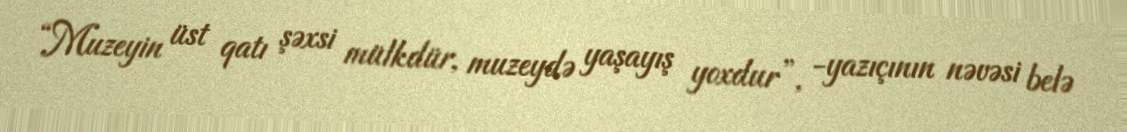
“Muzeyin üst qatı şəxsi mülkdür, muzeydə yaşayış yoxdur”, -yazıçının nəvəsi belə